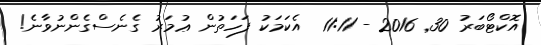
އޮކްޓޯބަރު 30